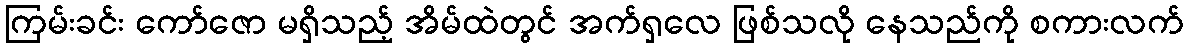
ကြမ်းခင်း ကော်ဇော မရှိသည့် အိမ်ထဲတွင် အက်ရှလေ ဖြစ်သလို နေသည်ကို စကားလက်